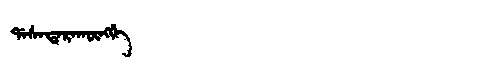
Manchu: ᡩᠠᠰᠠᡨᠠᡵᠠᡴᡡᠩᡤᡝ
Romanization: DASATARAKŪNGGE